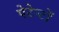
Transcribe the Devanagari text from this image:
पेटेन्टों